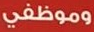
وموظفي